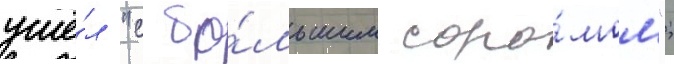
ушё́л "с бо́льшим соро́мом";